Report on the working of the Ranchi Indian Mental Hospital, Kanke, in Bihar and Orissa - 1930-1940
Year: 1930
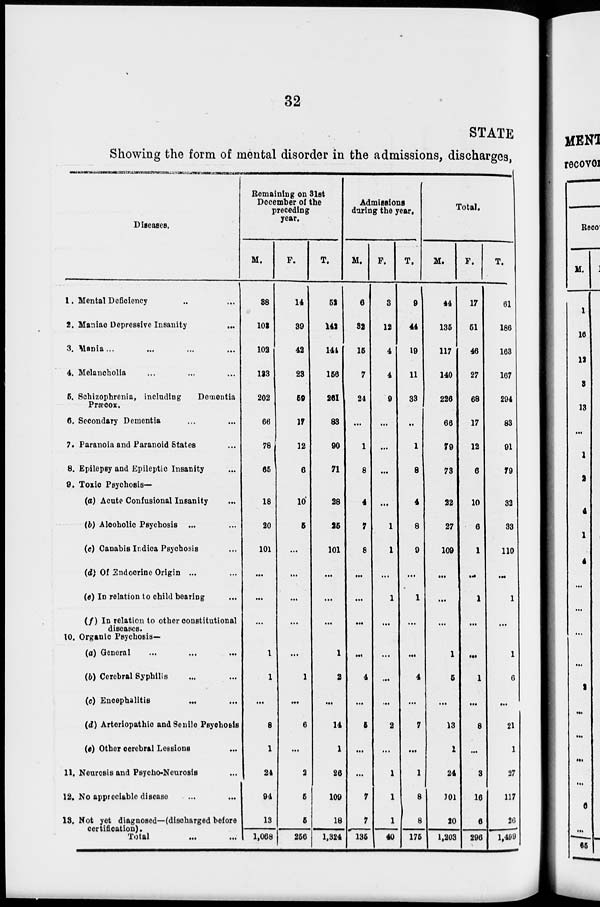
32
STATE
Showing the form of mental disorder in the admissions, discharges,
Diseases.
1. Mental Deficiency ... ...
2. Maniac Depressive Insanity
...
3. Mania ... ... ... ...
4. Melancholia ... ... ...
5. Schizophrenia, including
Dementia
Præcox.
6. Secondary Dementia ... ...
7. Paranoia and Paranoid States ...
8. Epilepsy and Epileptic Insanity ...
9. Toxic Psychosis—
(a) Acute Confusional Insanity ...
(b) Alcoholic Psychosis ... ...
(c) Canabis Indica Psychosis ...
(d) Of Endocrine Origin ... ...
(e) In relation to child bearing ...
(f) In relation to other constitutional
diseases.
10. Organic Psychosis—
(a) General ... ... ...
(b) Cerebral Syphilis ... ...
(c) Encephalitis ... ...
(d) Arteriopathic and Senile Psychosis
(e) Other cerebral Leesions ...
11. Neurosis and Psycho-Neurosis ...
12. No appreciable disease ... ...
13. Not yet diagnosed—(discharged before
certification). Total ... ...
Remaining on 31st
December of the
preceding
year.
M.
38
103
102
133
202
66
78
65
18
20
101
...
...
...
1
1
...
8
1
24
94
13
1,068
F.
14
39
42
23
59
17
12
6
10
5
...
...
...
...
...
1
...
6
...
2
5
5
256
T.
52
142
144
156
261
83
90
71
28
25
101
...
...
...
1
2
...
14
1
26
109
18
1,324
Admissions
during the year.
M.
6
32
15
7
24
...
1
8
4
7
8
...
...
...
...
4
...
5
...
...
7
7
135
F.
3
12
4
4
9
...
...
...
...
1
1
...
1
...
...
...
...
2
...
1
1
1
40
T.
9
44
19
11
33
...
1
8
4
8
9
...
1
...
...
4
...
7
...
1
8
8
175
Total.
M.
44
135
117
140
226
66
79
73
22
27
109
...
...
...
1
5
...
13
1
24
101
20
1,203
F.
17
51
46
27
68
17
12
6
10
6
1
...
1
...
...
1
...
8
...
3
16
6
296
T.
61
186
163
167
294
83
91
79
32
83
110
...
1
...
1
6
...
21
1
27
117
26
1,499